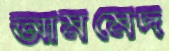
আমমেদ